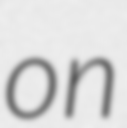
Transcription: on